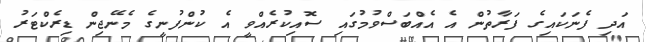
އަދި ފެނަކައިގެ ފަރާތުން އެ އެއްބަސްވުމުގައި ސޮއިކުރެއްވީ އެ ކުންފުނީގެ މެނޭޖިން ޑިރެކްޓަރު